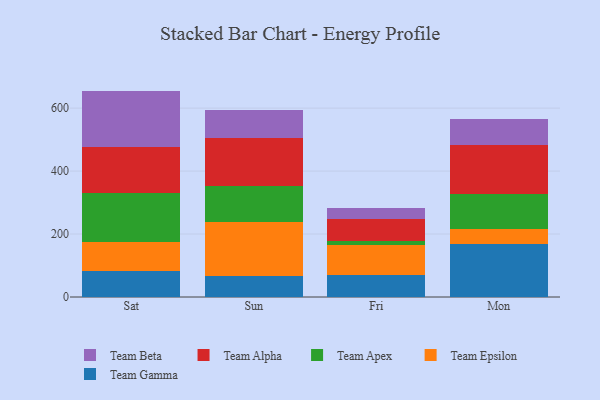
{"axis": {"x": "Day", "y": "LTV (USD)"}, "legend": ["Team Alpha", "Team Apex", "Team Beta", "Team Epsilon", "Team Gamma"], "data": [{"x": "Sat", "y": 83.4, "type": "Team Gamma"}, {"x": "Sat", "y": 92.7, "type": "Team Epsilon"}, {"x": "Sat", "y": 154.0, "type": "Team Apex"}, {"x": "Sat", "y": 147.2, "type": "Team Alpha"}, {"x": "Sat", "y": 177.5, "type": "Team Beta"}, {"x": "Sun", "y": 66.2, "type": "Team Gamma"}, {"x": "Sun", "y": 170.7, "type": "Team Epsilon"}, {"x": "Sun", "y": 116.0, "type": "Team Apex"}, {"x": "Sun", "y": 150.6, "type": "Team Alpha"}, {"x": "Sun", "y": 91.0, "type": "Team Beta"}, {"x": "Fri", "y": 69.6, "type": "Team Gamma"}, {"x": "Fri", "y": 94.4, "type": "Team Epsilon"}, {"x": "Fri", "y": 13.3, "type": "Team Apex"}, {"x": "Fri", "y": 71.8, "type": "Team Alpha"}, {"x": "Fri", "y": 34.2, "type": "Team Beta"}, {"x": "Mon", "y": 168.0, "type": "Team Gamma"}, {"x": "Mon", "y": 48.6, "type": "Team Epsilon"}, {"x": "Mon", "y": 110.9, "type": "Team Apex"}, {"x": "Mon", "y": 155.0, "type": "Team Alpha"}, {"x": "Mon", "y": 82.0, "type": "Team Beta"}]}